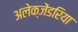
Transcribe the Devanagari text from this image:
अलेक्जेंडरिया